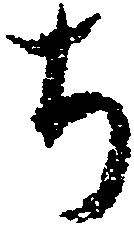
ち